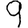
Digit: 9